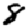
Digit: 8